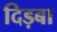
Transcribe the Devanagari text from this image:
दिड़बा